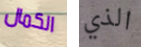
الكمال الذي